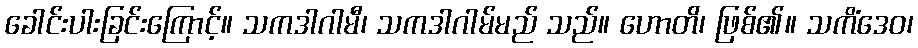
ခေါင်းပါးခြင်းကြောင့်။ သကဒါဂါမီ၊ သကဒါဂါမ်မည် သည်။ ဟောတိ၊ ဖြစ်၏။ သကိံဒေဝ၊